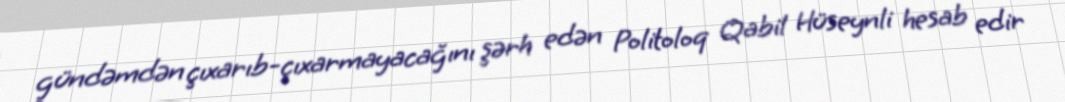
gündəmdən çıxarıb-çıxarmayacağını şərh edən Politoloq Qabil Hüseynli hesab edir